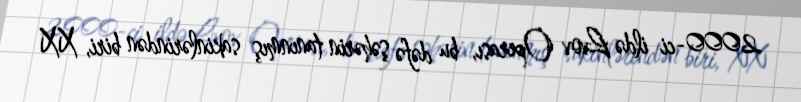
2000-ci ildə Lvov Operası, bu dəfə şəhərin tanınmış sakinlərindən biri, XX